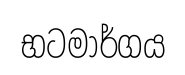
භටමාර්ගය